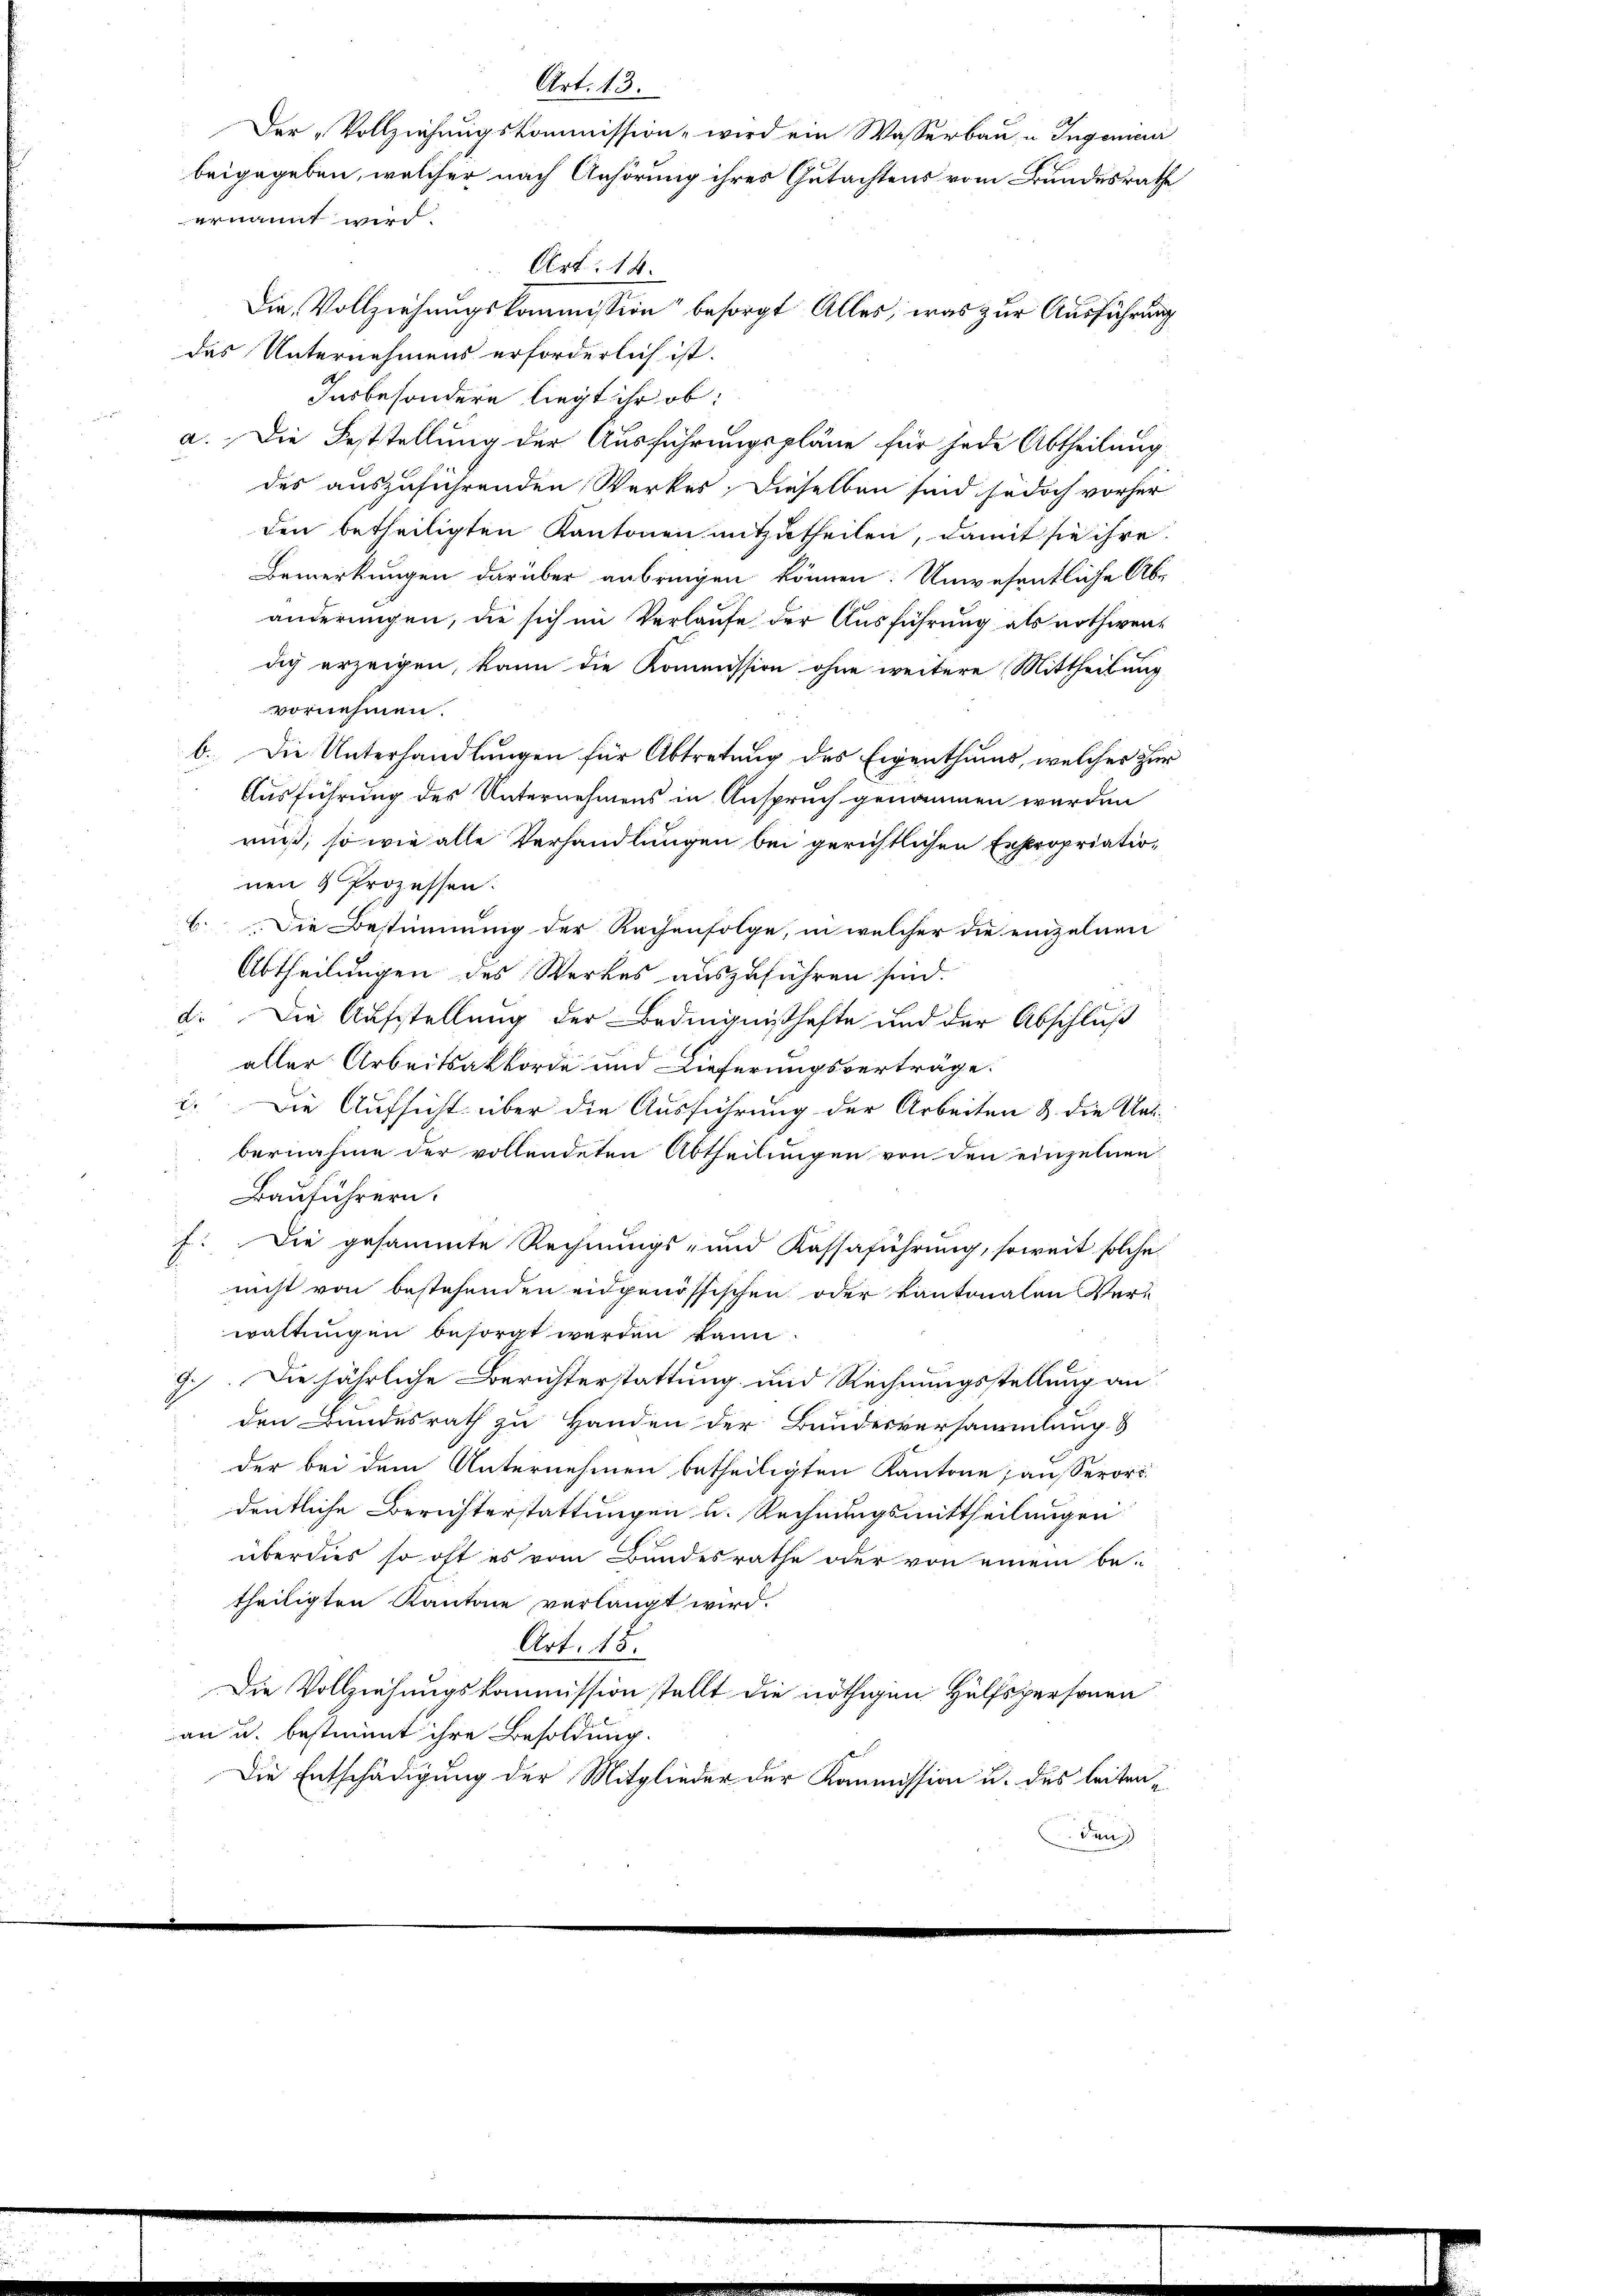
Art. 13.
Der „Vollziehungskommission wird ein Wasserbau, u Ingemei
beigegeben, welcher nach Anhörung ihres Gutachtens vom Bundesrathe
ernannt wird.
Art. 14.
Die Vollziehungskommission besorgt Alles, was zur Ausführung

des Unternehmens erforderlich ist.
Insbesondere liegt ihr ob:
a. Die Feststellung der Ausführungspläne für jede Abtheilung
des auszuführenden Werkes. Dieselben sind jedoch vorher
den betheiligten Kantonen mitzutheilen, damit sie ihre
Bemerkungen darüber anbringen können. Unwesentliche Abr
änderungen, die sich im Verlaufe der Ausführung als nothwendich erzeigen, kann die Kommission ohne weitere Mittheilung
vornehmen.
b. Die Unterhandlungen für Abtretung des Eigenthums, welcher zur
Ausführung des Unternehmens in Anspruch genommen werden
muß, so wie alle Verhandlungen bei gerichtlichen Expropriation
nen 4 Prozessen:
C. Die Bestimmung der Rachenfolge, in welcher die einzelnen
Abtheilungen des Werkes auszuführen sind.
d. Die Aufstellung der Bedingnißhafte und der Abschluß
aller Arbeitsakkorde und Lieferungsverträge.
c. Die Aufsicht über die Ausführung der Arbeiten & die Unt
bernahme der vollendeten Abtheilungen von den einzelnen
Bauführern.
f. Die gesammte Rechnungs- und Kassaführung, soweit solche
nicht von bestehenden eidgenössischen oder kantonalen Ver-
waltungen besorgt werden kann.
9. Die jährliche Berichterstattung und Rechnungsstellung an
den Bundesrath zu Handen der Bundesversammlung &
der bei dem Unternehmen betheiligten Kantone ausserort
deutliche Berichterstattungen u. Rechnungsmittheilungen
überdies so oft es vom Bundesrathe oder von einem be-
theiligten Kantone verlangt wird.
Art. 18.
Die Vollziehungskommission stellt die nöthigen Hülfspersonen
an u. bestimmt ihre Besoldung.
Die Entschädigung der Mitglieder der Kommission u. des leitendan